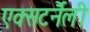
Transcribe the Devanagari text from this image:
एक्सटर्नैली